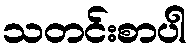
သတင်းစာပါ